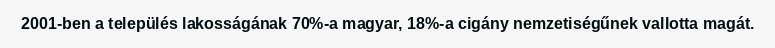
2001-ben a település lakosságának 70%-a magyar, 18%-a cigány nemzetiségűnek vallotta magát.